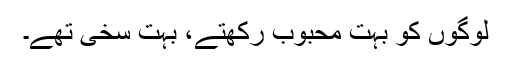
لوگوں کو بہت محبوب رکھتے، بہت سخی تھے۔